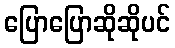
ပြောပြောဆိုဆိုပင်